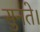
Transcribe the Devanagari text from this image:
सुनते।